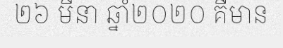
២៦ មីនា ឆ្នាំ២០២០ គឺមាន